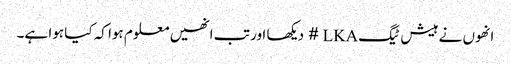
انھوں نے ہیش ٹیگ LKA # دیکھا اور تب انھیں معلوم ہوا کہ کیا ہوا ہے۔